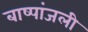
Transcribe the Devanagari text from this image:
बाष्पांजली